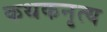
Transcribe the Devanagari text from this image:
कथकनृत्य